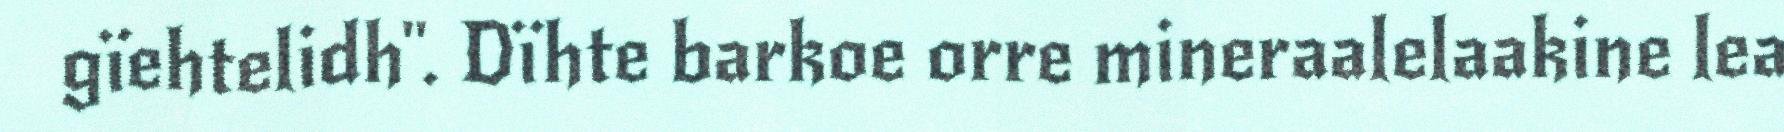
gïehtelidh". Dïhte barkoe orre mineraalelaakine lea